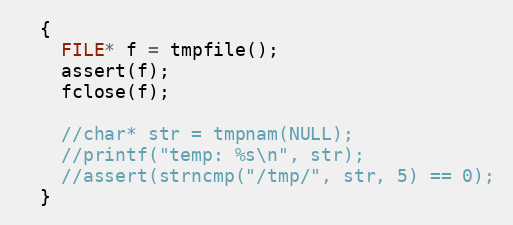
Language: C++
  {
    FILE* f = tmpfile();
    assert(f);
    fclose(f);

    //char* str = tmpnam(NULL);
    //printf("temp: %s\n", str);
    //assert(strncmp("/tmp/", str, 5) == 0);
  }